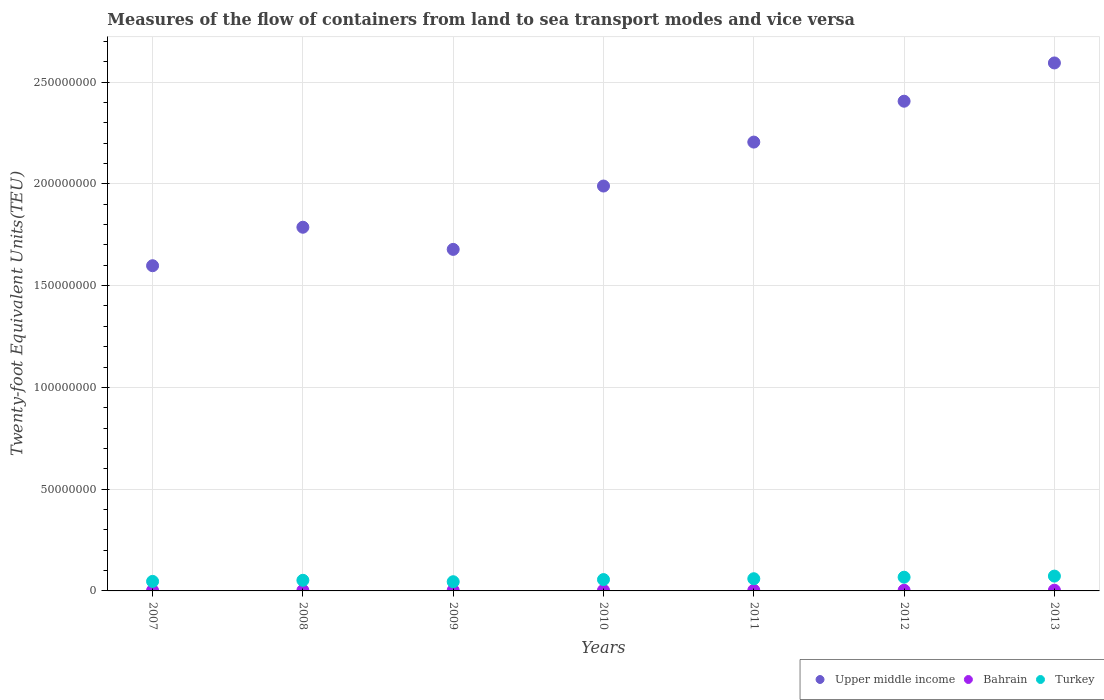
| Years | Upper middle income | Bahrain | Turkey |
 | --- | --- | --- | --- |
 | 2007 | 1.6e+08 | 2.39e+05 | 4.68e+06 |
 | 2008 | 1.79e+08 | 2.69e+05 | 5.22e+06 |
 | 2009 | 1.68e+08 | 2.8e+05 | 4.52e+06 |
 | 2010 | 1.99e+08 | 2.9e+05 | 5.57e+06 |
 | 2011 | 2.21e+08 | 3.06e+05 | 5.99e+06 |
 | 2012 | 2.41e+08 | 3.29e+05 | 6.74e+06 |
 | 2013 | 2.59e+08 | 3.55e+05 | 7.28e+06 |